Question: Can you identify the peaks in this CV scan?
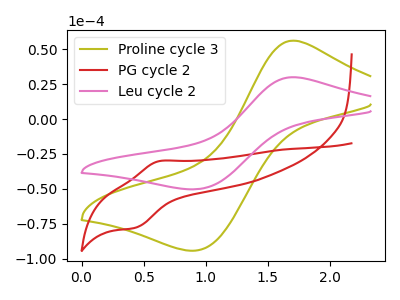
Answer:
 <answer>The olive curve "Proline cycle 3" has an anodic peak at (1.70V, 56.15uA) and a cathodic peak at (0.90V, -94.20uA). The red curve "PG cycle 2" has an anodic peak at (0.65V, -30.10uA) and a cathodic peak at (0.45V, -77.80uA). The pink curve "Leu cycle 2" has an anodic peak at (1.70V, 29.95uA) and a cathodic peak at (0.90V, -50.30uA).</answer>
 <eval></eval>